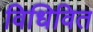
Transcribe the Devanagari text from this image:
विधिवित